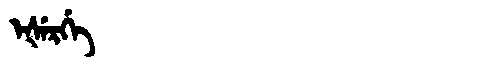
Manchu: ᡝᡧᡝᡵᡤᡝ
Romanization: EŠERGE